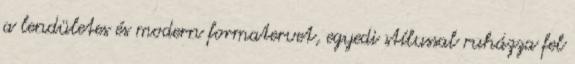
a lendületes és modern formatervet, egyedi stílussal ruházza fel